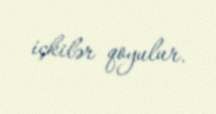
içkilər qoyulur.